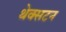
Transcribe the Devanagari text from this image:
थेक्सटन